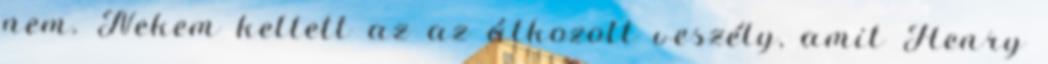
nem. Nekem kellett az az átkozott veszély, amit Henry